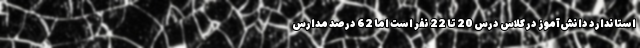
استاندارد دانش‌آموز در کلاس درس 20 تا 22 نفر است اما 62 درصد مدارس